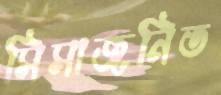
সিসাজনিত